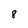
Character: 8